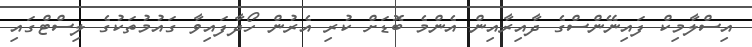
އިސްލާމިކް ފައިނޭންސްގެ ދާއިރާއިން އެންމެ ބޮޑަށް ކުރި އެރުން ހޯދާފައިވާ ގައުމުތަކުގެ ލިސްޓްގައި